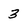
Character: 3